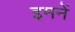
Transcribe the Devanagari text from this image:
इमनें